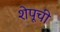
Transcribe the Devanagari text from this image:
शेपूची